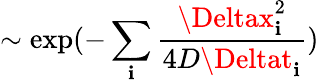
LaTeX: \sim\exp(-\sum_{\mathbf{i}}\frac{{\Deltax_{\mathbf{i}}^{2}}}{{4D\Deltat_{\mathbf{i}}}})